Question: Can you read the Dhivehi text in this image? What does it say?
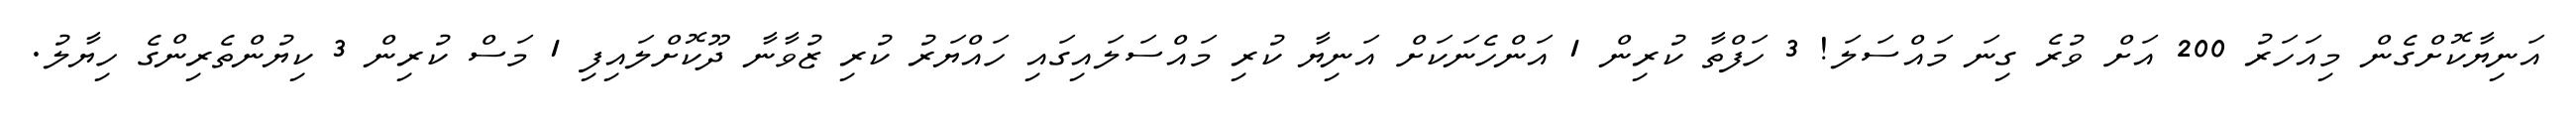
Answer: އަނިޔާކޮށްގެން މިއަހަރު 200 އަށް ވުރެ ގިނަ މައްސަލަ! 3 ހަފްތާ ކުރިން 1 އަންހެނަކަށް އަނިޔާ ކުރި މައްސަލައިގައި ހައްޔަރު ކުރި ޒުވާނާ ދޫކޮށްލައިފި 1 މަސް ކުރިން 3 ކިޔުންތެރިންގެ ހިޔާލު.